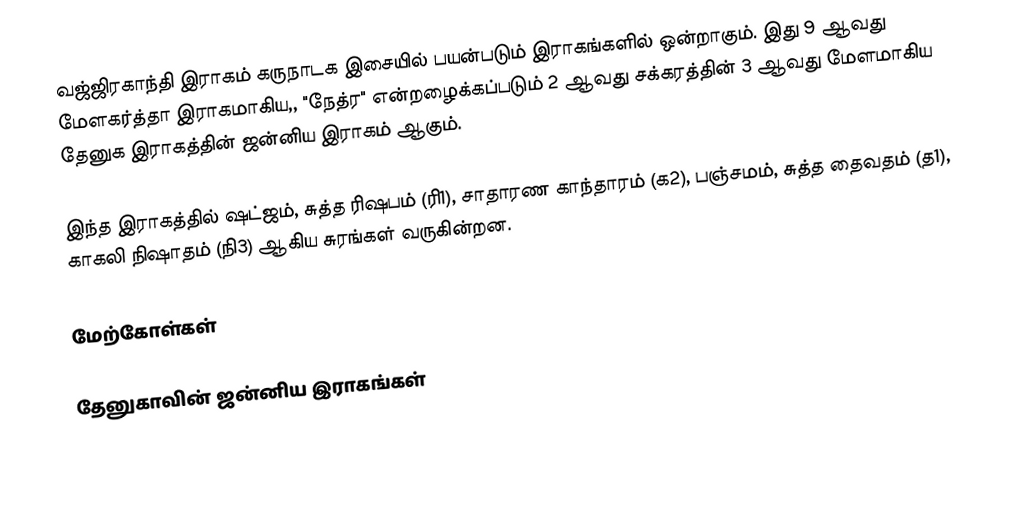
வஜ்ஜிரகாந்தி இராகம் கருநாடக இசையில் பயன்படும் இராகங்களில் ஒன்றாகும். இது 9 ஆவது மேளகர்த்தா இராகமாகிய,, "நேத்ர" என்றழைக்கப்படும் 2 ஆவது சக்கரத்தின் 3 ஆவது மேளமாகிய தேனுக இராகத்தின் ஜன்னிய இராகம் ஆகும்.

இந்த இராகத்தில் ஷட்ஜம், சுத்த ரிஷபம் (ரி1), சாதாரண காந்தாரம் (க2), பஞ்சமம், சுத்த தைவதம் (த1), காகலி நிஷாதம் (நி3) ஆகிய சுரங்கள் வருகின்றன.

மேற்கோள்கள்

தேனுகாவின் ஜன்னிய இராகங்கள்